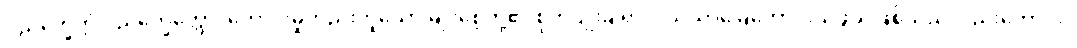
ပုညက္ခေတ္တံ ပုညက္ခေတ္တော၊ ကောင်းမှုတည်းဟူသော မျိုးစေ့တို့၏ စိုက်ပျိုးချရာလယ်ယာမြေကောင်းသဖွယ်ဖြစ်သည်လည်းကောင်း။